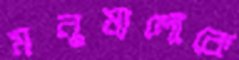
মনুষ্যলোকে